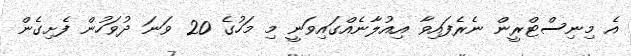
އެ މިނިސްޓްރީން ނެރެފައިވާ އިއުލާނެއްގައިވަނީ މި މަހުގެ 20 ވަނަ ދުވަހުން ފެށިގެން